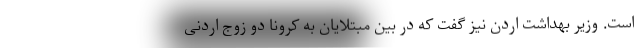
است. وزیر بهداشت اردن نیز گفت که در بین مبتلایان به کرونا دو زوج اردنی